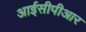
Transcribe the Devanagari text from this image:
आईसीपीआर